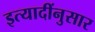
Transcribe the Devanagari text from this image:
इत्यादींनुसार